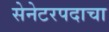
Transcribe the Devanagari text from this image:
सेनेटरपदाचा